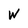
Character: W